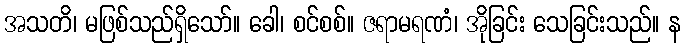
အသတိ၊ မဖြစ်သည်ရှိသော်။ ခေါ၊ စင်စစ်။ ဇရာမရဏံ၊ အိုခြင်း သေခြင်းသည်။ န